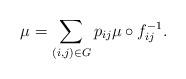
LaTeX: \begin{align*}\mu=\sum_{(i,j)\in G}p_{ij}\mu\circ f_{ij}^{-1}.\end{align*}